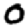
Digit: 0